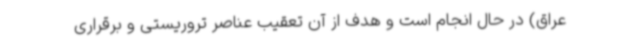
عراق) در حال انجام است و هدف از آن تعقیب عناصر تروریستی و برقراری